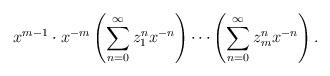
LaTeX: \begin{align*}x^{m-1}\cdot x^{-m}\left(\sum_{n=0}^\infty z_1^n x^{-n}\right)\cdots\left(\sum_{n=0}^\infty z_m^n x^{-n}\right).\end{align*}